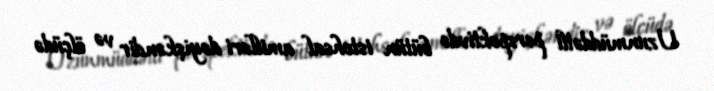
Uzunmüddətli perspektivdə bütün istehsal amilləri dəyişkəndir və ölçüdə